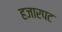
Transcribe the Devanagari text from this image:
हजारपट